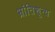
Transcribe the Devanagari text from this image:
भ्रांतिशून्य